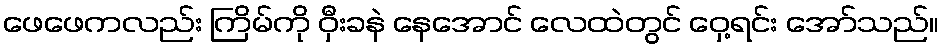
ဖေဖေကလည်း ကြိမ်ကို ဝှီးခနဲ နေအောင် လေထဲတွင် ဝှေ့ရင်း အော်သည်။